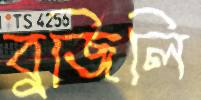
বুজিলি